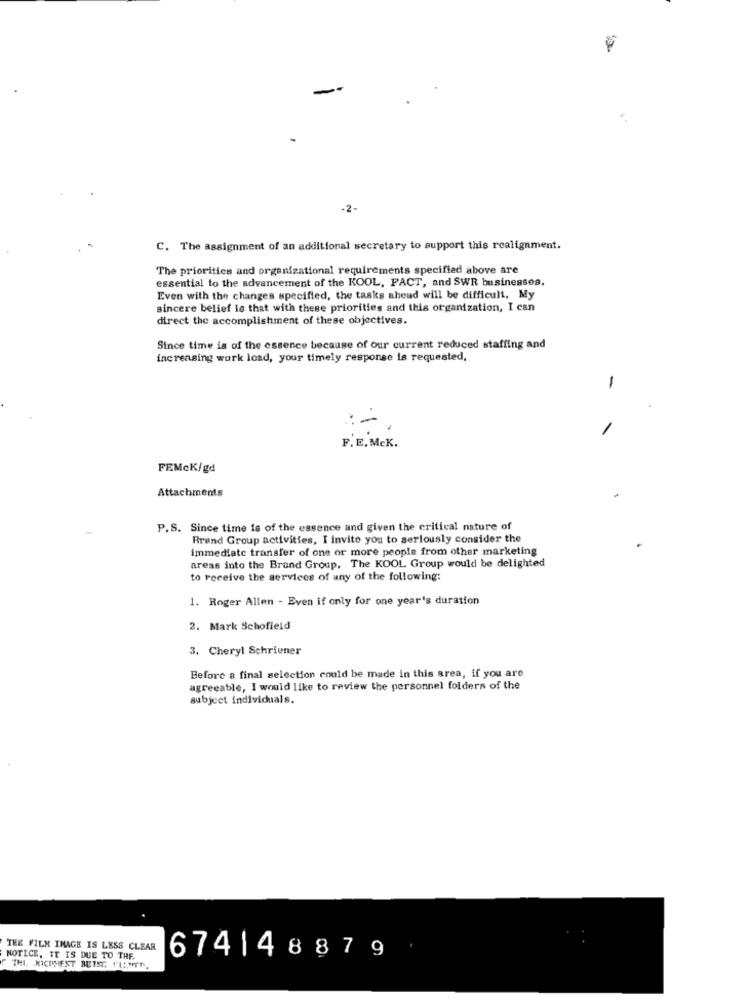
. 4
-2-
C. The assignment of an additional secretary to support this realignment.
The priorities and organizational requirements specified above are
essential to the advancement of the KOOL, FACT, and SWR businesses.
Even with the changes specified, the tasks ahead will be difficult. My
sincere belief is that with these priorities and this organization, I can
direct the accomplishment of these objectives.
Since time is of the essence because of our current reduced staffing and
increasing work load, your timely response is requested,
-
F.E. McK.
FEMcK/gd
Attachments
P.S. Since time is of the essence and given the critical nature of
Rrand Group activities, I invite you to seriously consider the
immediate transfer of one or more people from other marketing
areas into the Brand Group, The KOOL Group would be delighted
to receive the services of any of the following:
1. Roger Allen - Even if only for one year's duration
2. Mark Schofield
3. Cheryl Schriener
Before a final selection could be made in this area, if you are
agreeable, I would like to review the personnel folders of the
subject individuals.
THE FILM IMAGE IS LESS CLEAR
NOTICE, IT IS DUE TO THE
674148879
THI. JICHMENT REIST TUINEN.